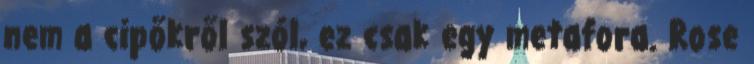
nem a cipőkről szól, ez csak egy metafora. Rose